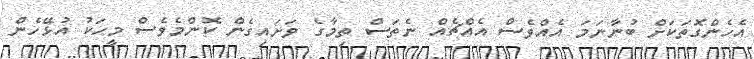
އެހެންގޮތަކަށް ބުނާނަމަ އެއްވެސް އެއްޗެއް ނެތަސް ތިމާގެ ވަށައިގެން ކޮންމެވެސް މީހަކު އުޅޭހެން